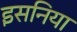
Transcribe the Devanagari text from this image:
इसनिया